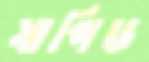
যাপিড